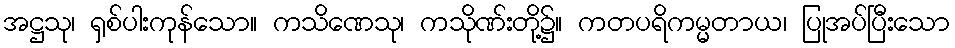
အဋ္ဌသု၊ ရှစ်ပါးကုန်သော။ ကသိဏေသု၊ ကသိုဏ်းတို့၌။ ကတပရိကမ္မတာယ၊ ပြုအပ်ပြီးသော